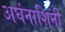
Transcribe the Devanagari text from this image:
अघंनाशिनी